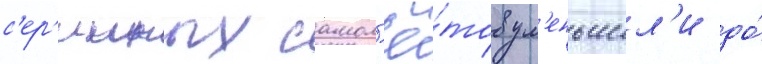
с'ер'ииных самол'ё́тов ум'еньшил'и до́